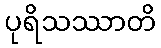
ပုရိသဿာတိ